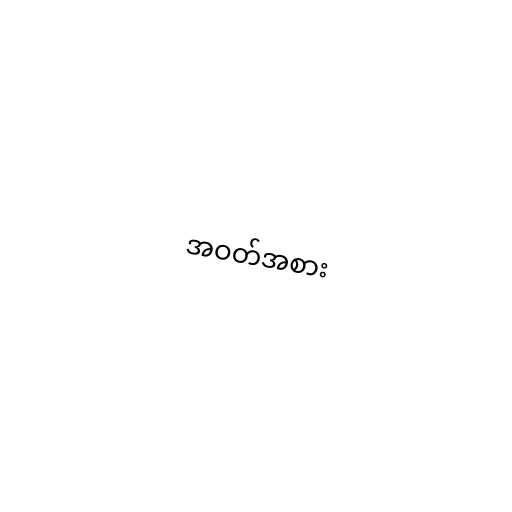
အဝတ်အစား